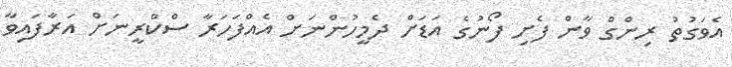
އެވަގުތު ރިންގް ވާން ފެށި ފޯނުގެ އަޑަށް ދެމީހުންނަށް އެއްފަހަރާ ސްކްރީނަށް އަރާފައިވާ